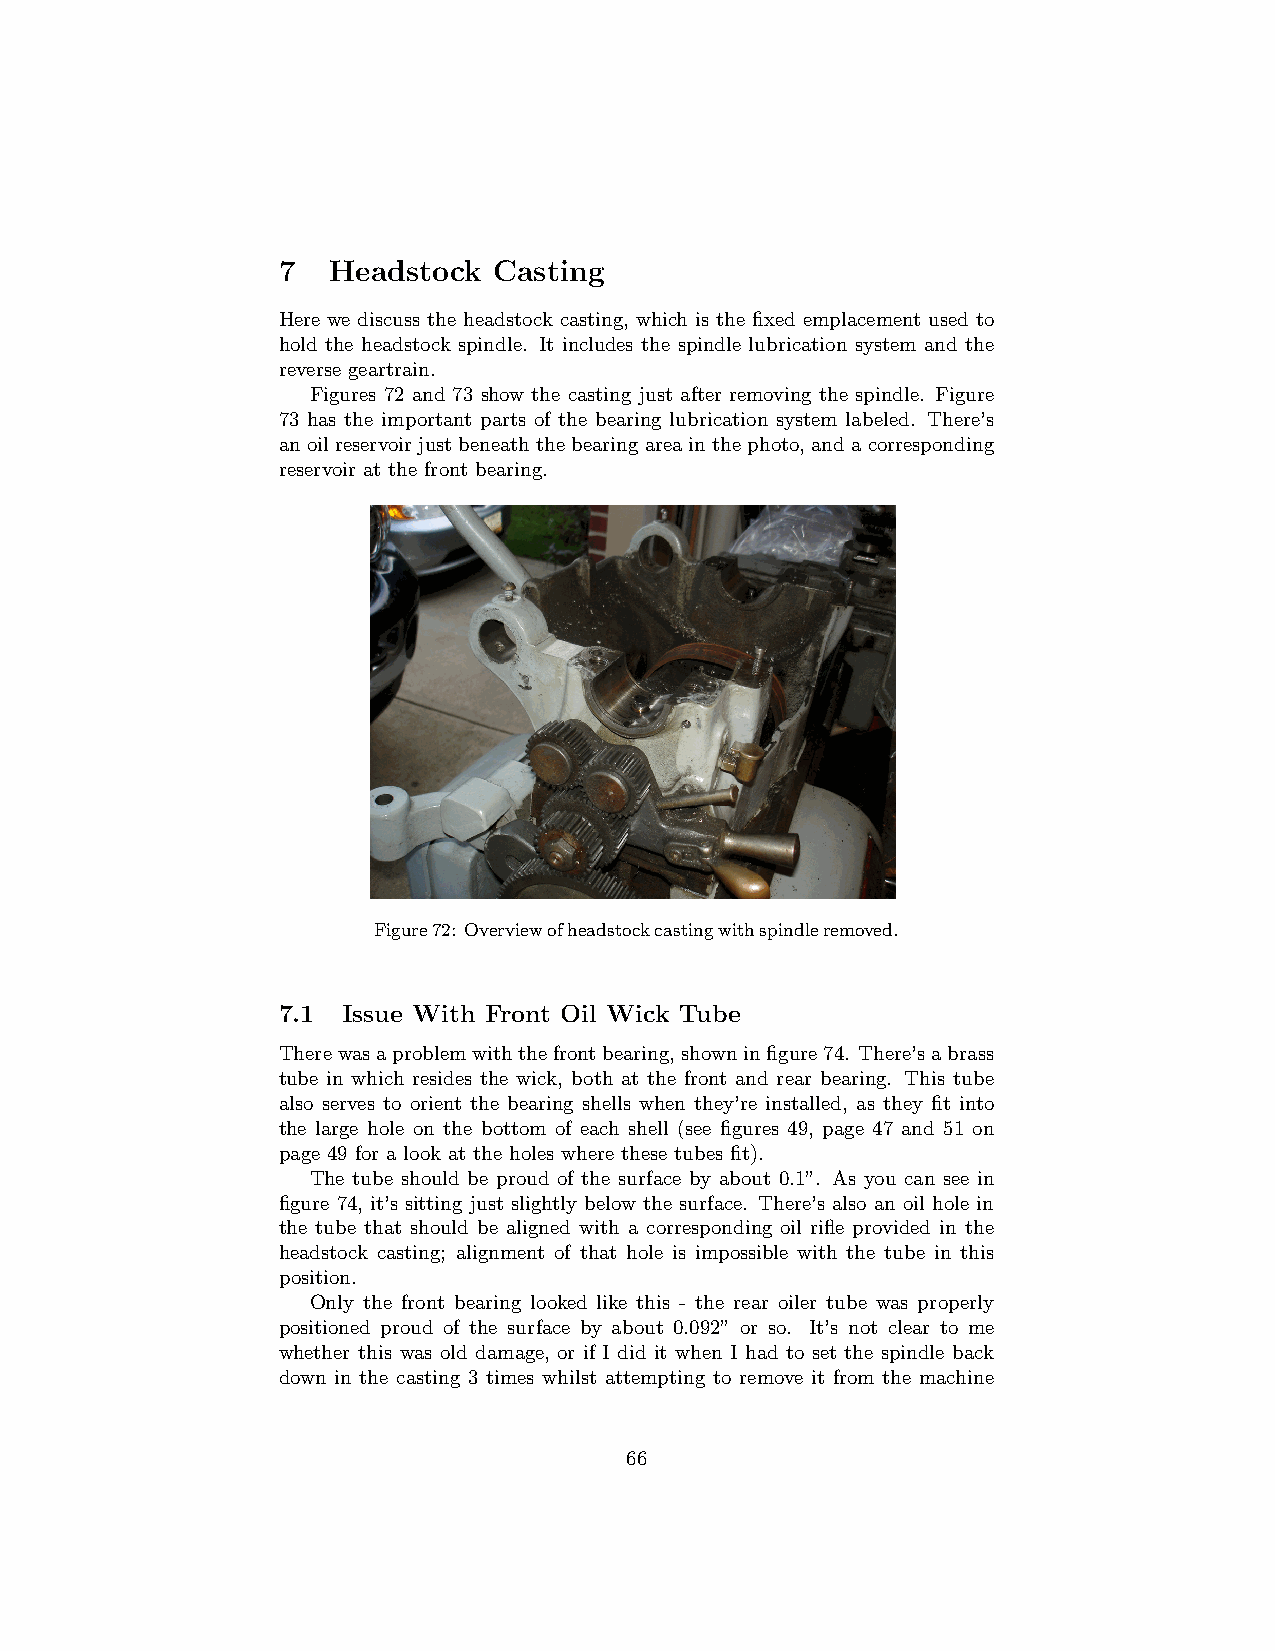
7   Headstock  Casting
 Here we discuss the headstock casting, which is the fixed emplacement used to
 hold the headstock spindle. It includes the spindle lubrication system and the
 reverse geartrain.
 Figures 72 and 73 show the casting just after removing the spindle. Figure
 73 has the important parts of the bearing lubrication system labeled. There’s
 anoilreservoirjustbeneaththebearingareainthephoto, andacorresponding
 reservoir at the front bearing.
 Figure72: Overviewofheadstockcastingwithspindleremoved.
 7.1  Issue With Front Oil Wick Tube
 Therewasaproblemwiththefrontbearing,showninfigure74. There’sabrass
 tube in which resides the wick, both at the front and rear bearing. This tube
 also serves to orient the bearing shells when they’re installed, as they fit into
 the large hole on the bottom of each shell (see figures 49, page 47 and 51 on
 page 49 for a look at the holes where these tubes fit).
 The tube should be proud of the surface by about 0.1”. As you can see in
 figure 74, it’s sitting just slightly below the surface. There’s also an oil hole in
 the tube that should be aligned with a corresponding oil rifle provided in the
 headstock casting; alignment of that hole is impossible with the tube in this
 position.
 Only the front bearing looked like this - the rear oiler tube was properly
 positioned proud of the surface by about 0.092” or so. It’s not clear to me
 whether this was old damage, or if I did it when I had to set the spindle back
 down in the casting 3 times whilst attempting to remove it from the machine
 66